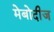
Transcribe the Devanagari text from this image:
मेबोदीज